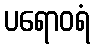
ပရောဝရံ